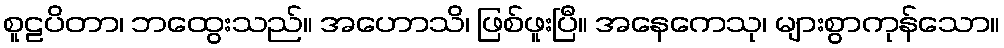
စူဠပိတာ၊ ဘထွေးသည်။ အဟောသိ၊ ဖြစ်ဖူးပြီ။ အနေကေသု၊ များစွာကုန်သော။